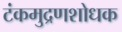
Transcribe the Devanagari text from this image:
टंकमुद्रणशोधक